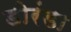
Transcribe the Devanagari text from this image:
डोरंडा